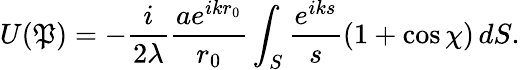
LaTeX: U(\mathfrak{P})=-{\frac{{i}}{{2\lambda}}}{\frac{{ae^{ikr_{0}}}}{{r_{0}}}}\int_{S}{\frac{{e^{iks}}}{{s}}}(1+\cos\chi)\, dS.